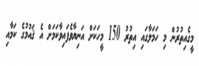
މީގެއިތުރުން މި ހަމަލާގައި އިތުރު 150 މީހަކަށް އަނިޔާވެފައިވާކަމަށް އެ ޤައުމުގެ ކަމާއި